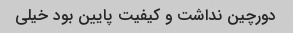
دورچین نداشت و کیفیت پایین بود خیلی